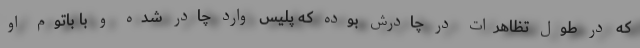
که در طول تظاهرات در چادرش بوده که پلیس وارد چادر شده و با باتوم او